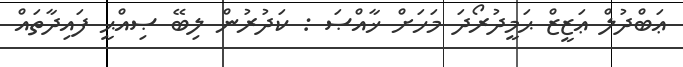
ޢަބްދުލް ޢަޒީޒް ޙަމީދުރޯދަ މަހަށް ޚާއްޞަ : ކަދުރުން ލިބޭ ޞިއްޙީ ފައިދާތައް